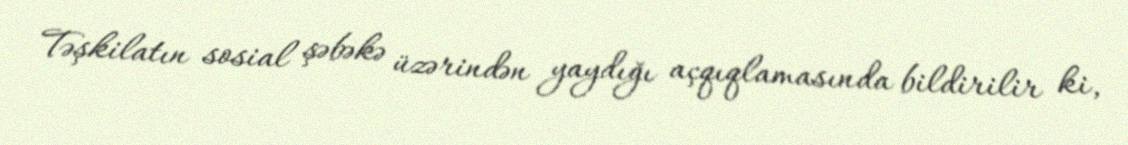
Təşkilatın sosial şəbəkə üzərindən yaydığı açqıqlamasında bildirilir ki,